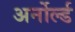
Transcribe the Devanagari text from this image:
अर्नोर्ल्ड